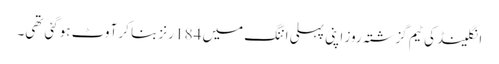
انگلینڈ کی ٹیم گزشتہ روز اپنی پہلی اننگ میں 184 رنز بنا کر آوٹ ہوگئی تھی۔